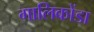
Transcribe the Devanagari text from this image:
गालिकोंडा